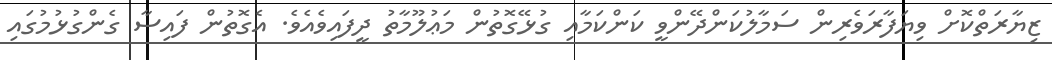
ޒިޔާރަތްކޮށް ވިޔަފާރަވެރިން ސަމާލުކަންދޭންވީ ކަންކަމާއި ގުޅޭގޮތުން މަޢުލޫމާތު ދީފައިވެއެވެ. އެގޮތުން ފައިސާ ގެންގުޅުމުގައި